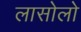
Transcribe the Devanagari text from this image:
लासोलो